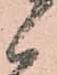
候